Sketch of the medical history of the native army of Bombay, for the year
Year: 1872
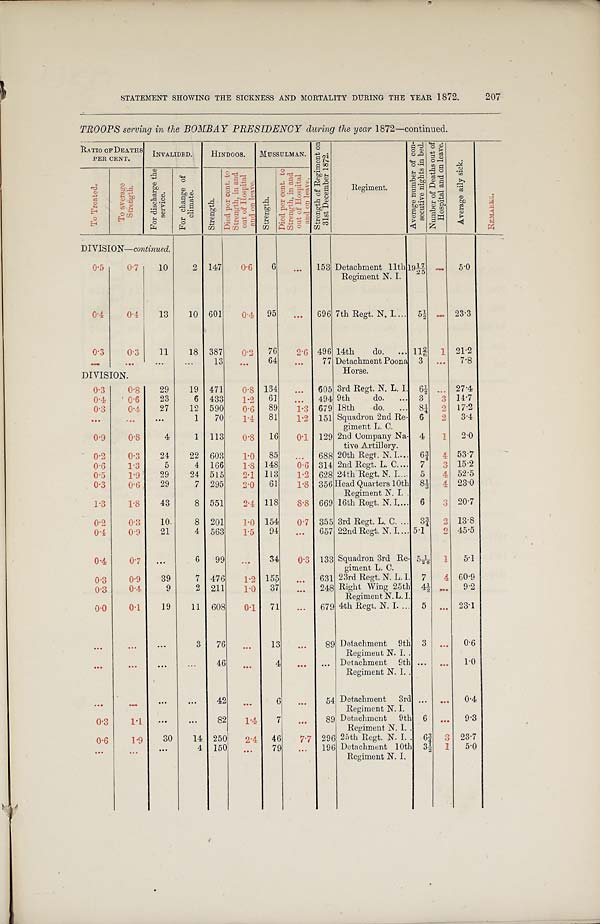
STATEMENT SHOWING THE SICKNESS AND MORTALITY DURING THE YEAR 1872.
207
TROOPS serving in the BOMBAY PRESIDENCY during the year 1872—continued.
RATIO OF DEATHS PER CENT.
I N V A L I D E D .
HI NDOOS.
MUSSULMAN.
S t r e n g t h o f R e g i m e n t o n 3 1 s t D e c e m b e r 1 8 7 2 .
R e g i m e n t .
A v e r a g e n u m b e r o f c o n - s e c u t i v e n i g h t s i n b e d . N u m b e r o f D e a t h s o u t o f H o s p i t a l a n d o n l e a v e .
A v e r a g e a i l y s i c k .
R E M A R K S .
T o T r e a t e d .
T o a v e r a g e S t r e n g t h .
F o r d i s c h a r g e t h e s e r v i c e .
F o r c h a n g e o f c l i m a t e
.
S t r e n g t h
.
D i e d p e r c e n t . t o S t r e n g t h , i n a n d o u t o f H o s p i t a l a n d o n l e a v e .
S t r e n g t h
.
D i e d p e r c e n t . t o S t r e n g t h , i n a n d o u t o f H o s p i t a l a n d o n l e a v e .
DIVISION-continued.
0.5
0.7
10
2 147
0.6
6
. . .
153 Detachment 11th
Regiment N. I.
1 9 1 7 / 2 5 . . .
5.0
0.4
0.4
13
10 601
0.4 95
. . .
696 7th Regt. N. I.
5 ½ . . .
23.3
0.3
0.3
11
18 387
0.2
76
2.6 496 14th
do.
1 1 2 / 6
1
21.2
. . .
. . .
. . .
. . .
13
...
64
. . .
77 Detachmen
t Poona Horse.
3
. . .
7 . 8
DIVISION.
0.3
0.8
29
19 471
0.8 134
...
605 3rd Regt. N. L. I. 6½
. . .
27.4
0.4
0.6
23
6 433
1.2
61
. . .
494 9th do.
3
3 14.7
0.3
0.4
27
12 590
0.6
8 9
1.3 679 18th
do.
8¼
2 17.2
. . .
. . .
. . .
1
70
1.4
81
1.2 151 Squadron 2nd Re-
giment L. C.
6
2
3.4
0.9
0.8
4
1 113
0.8 16
0.1 129 2nd Company Na-
tive Artillery.
4
1
2.0
0.2
0.3
24
22 603
1.0
85
...
688 20th Regt. N. I.
6¾ 4 53.7
0.6
1.3
5
4 166
1.8 148
0.6 314 2nd Regt. L. C.
7
3 15.2
0.5
1.9
29
24 515
2.1 113
1.2 628 24th Regt. N. I.
5
4 52.5
0.3
0.6
29
7 295
2.0
61
1.8 356 Head Quarters 10th
Regiment N. I.
81/3
4
23.0
1.3
1.8
43
8 551
2.4 118
8.8 669 16th Regt. N. I.
6
3
20.7
0.2
0.3
10
8 201
1.0 154
0.7 355 3rd Regt. L. C.
3¾ 2 13.8
0.4
0.9
21
4 563
1.5
94
. . .
657 22nd Regt. N. I. 5.1
2 45.5
0.4
0 . 7
...
6
99
...
34
0.3 133 Squadron 3rd Re-
giment L. C.
5 1/26 1
5.1
0.3
0.9
39
7 476
1.2 155
. . .
631 23rd Regt. N. L. I. 7
4 60.9
0.3
0.4
9
2 211
1.0
37
. . .
248 Right Wing 25th
Regiment N. L. I.
4 ½
. . .
9.2
0.0
0.1
19
11 608
0.1
71
. . .
679 4th Regt. N.I.
5
. . .
23.1
. . .
. . .
...
3
7 6
. . .
13
...
89 Detachment 9th
Regiment N. I.
3
. . .
0.6
. . .
. . .
. . .
. . .
4 6
. . .
4
...
. . .
Detachment 9th
Regiment N. I.
. . .
. . .
1.0
. . .
. . .
. . .
. . .
42
. . . 6
...
54 Detachment 3rd
Regiment N. I.
...
. . .
0.4
0.3
1.1
. . .
. . .
82
1.4
7
. . .
89 Detachment 9th
Regiment N. I.
6
. . .
9.3
0.6
1.9
30
14 250
2.4
46
7.7 296 25th Regt. N. I.
6¾ 3 23.7
. . .
. . .
. . .
4 150
. . .
79
...
196 Detachment 10th
Regiment N. I.
3 ½
1
5 . 0